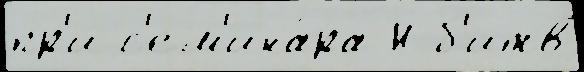
пр'и с'ем'ина́ра Н б'итв